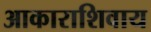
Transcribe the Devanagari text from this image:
आकाराशिवाय